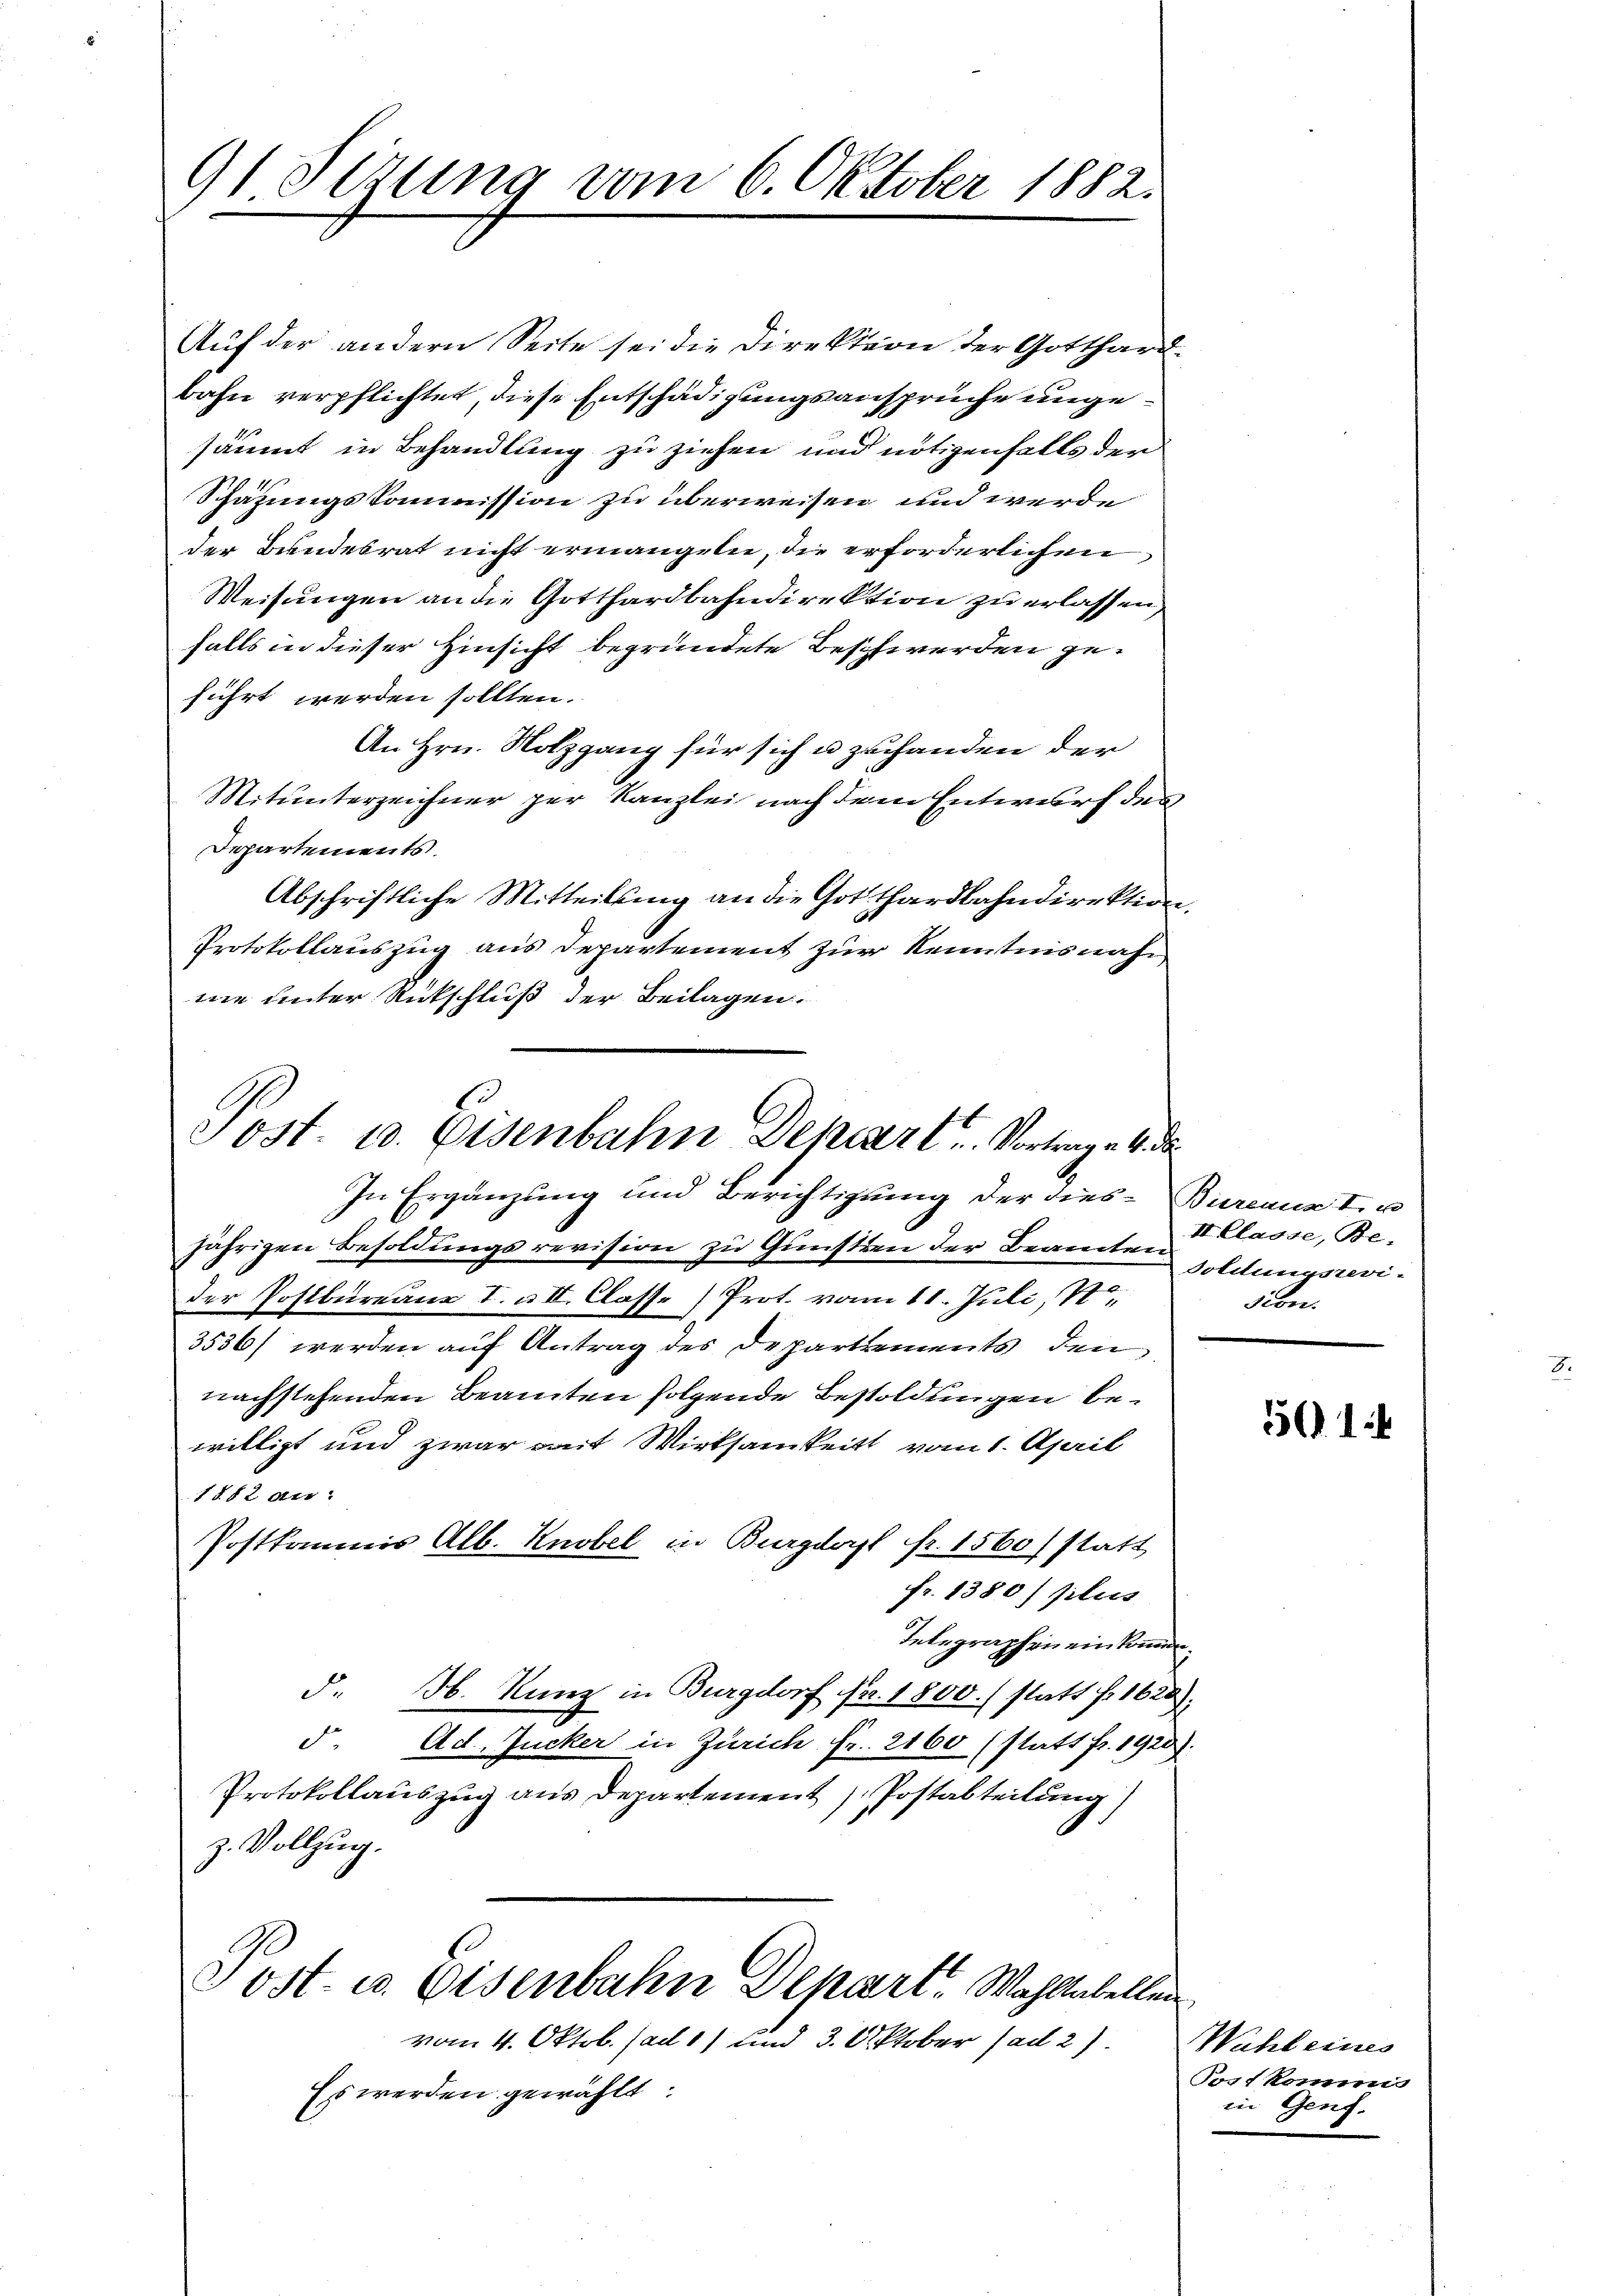
91 Sizung vom 6. Oktober 1882.

Auf der andern Seite sei die Direktion der Gotthard.
bahn verpflichtet, diese Entschädigungsansprüche ungesäumt in Behandlung zu ziehen und nötigenfalls der
Schätzungskommission zu überweisen und werde
der Bundesrat nicht ermangeln, die erforderlichen
Weisungen an die Gotthardbahndirektion zu erlassen,
falls in dieser Hinsicht begründete Beschwerden geführt werden sollten.
An Hrn. Notzgang für sich u zu handen der
Mitunterzeichner per Kanzlei nach dem Entwurf den
Departements.
Abschriftliche Mitteilung an die Gotthardbahndirektion,
Protokollauszug aus Departement zur Kenntnisnahne unter Rückschluß der Beilagen.
In Ergänzung und Berichtigung der dies-Bureaux I. u
jährigen Besoldungsrevision zu Gunsten der Beamten soldungsrevider Postbureau I. u. II. Classe Prot. vom 11. Juli, 1.
3536) werden auf Antrag des Departements den
nachstehenden Beamten folgende Besoldungen bewilligt und zwar mit Wirksamkeit vom 1. April
1882 der
Postkommis Alb. Knobel in Burgdorf fr. 1560 statt
fr. 1380) plus
Telegraphen ein kommen.
§. H. Kunz in Burgdorf Fr. 1800. / statt f. 1620).
d. Ad. Zucker in Zürich. Fr. 2160 (statt Fr. 1920).
Protokollauszug aus Departement Postabteilung)
z. Vollzug.
Post- u. Eisenbahn Depart. Wohltabellen

Tost. u. Eisenbahn Depart. Vortrage 4. die

vom 4. Oktob. (ad 1) und 3. Oktober ad 2)
Es werden gewählt:

II. Classe, Be-
sion.

51

Wahl eines
Post kommes
in Genf.